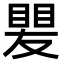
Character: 𥈫